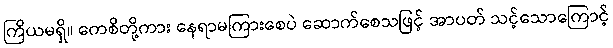
ကြိယမရှိ။ ကေစိတို့ကား နေရာမကြားစေပဲ ဆောက်စေသဖြင့် အာပတ် သင့်သောကြောင့်